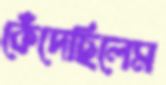
কেঁদেছিলেম